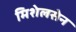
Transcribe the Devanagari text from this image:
मिशेलसेन